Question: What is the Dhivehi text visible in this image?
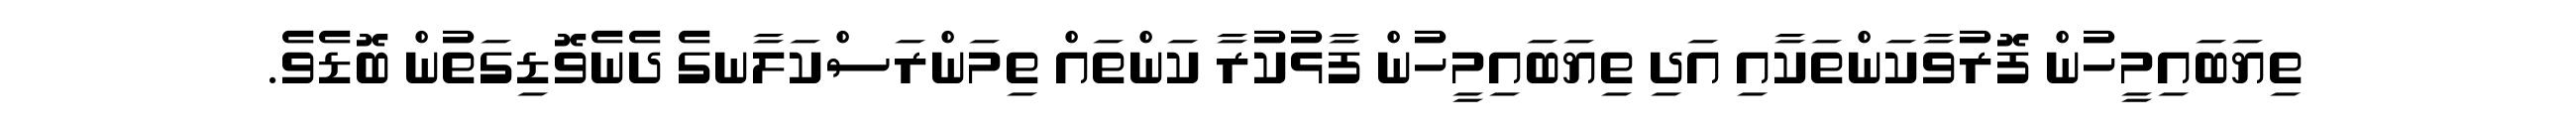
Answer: ތިޔަބައިމީހުން ފޮރުވާކަންތަކާއި އަދި ތިޔަބައިމީހުން ފާޅުކުރާ ކަންތައް ތިމަންރަސްކަލާނގެ ދެނެވޮޑިގަތުން ބޮޑެވެ.